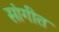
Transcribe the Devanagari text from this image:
सांगीत